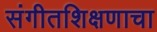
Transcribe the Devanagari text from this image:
संगीतशिक्षणाचा